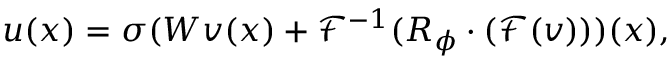
u ( x ) = \sigma ( W v ( x ) + \mathcal { F } ^ { - 1 } ( R _ { \phi } \cdot ( \mathcal { F } ( v ) ) ) ( x ) ,